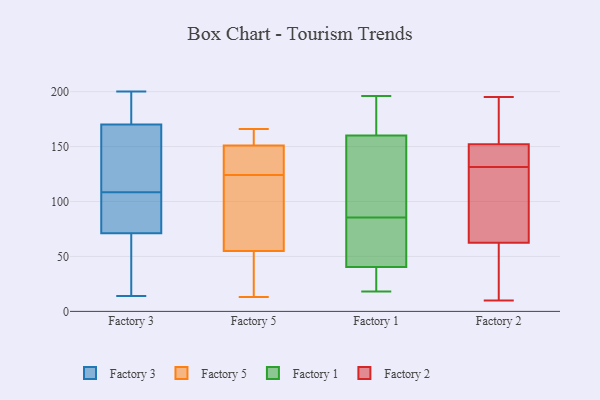
{"axis": {"x": "Operating Costs (USD K)", "y": "Value"}, "legend": ["Factory 1", "Factory 2", "Factory 3", "Factory 5"], "data": [{"x": "", "y": 170, "type": "Factory 3"}, {"x": "", "y": 200, "type": "Factory 3"}, {"x": "", "y": 185, "type": "Factory 3"}, {"x": "", "y": 192, "type": "Factory 3"}, {"x": "", "y": 54, "type": "Factory 3"}, {"x": "", "y": 92, "type": "Factory 3"}, {"x": "", "y": 163, "type": "Factory 3"}, {"x": "", "y": 72, "type": "Factory 3"}, {"x": "", "y": 82, "type": "Factory 3"}, {"x": "", "y": 14, "type": "Factory 3"}, {"x": "", "y": 71, "type": "Factory 3"}, {"x": "", "y": 127, "type": "Factory 3"}, {"x": "", "y": 56, "type": "Factory 3"}, {"x": "", "y": 183, "type": "Factory 3"}, {"x": "", "y": 73, "type": "Factory 3"}, {"x": "", "y": 125, "type": "Factory 3"}, {"x": "", "y": 63, "type": "Factory 3"}, {"x": "", "y": 133, "type": "Factory 3"}, {"x": "", "y": 127, "type": "Factory 5"}, {"x": "", "y": 121, "type": "Factory 5"}, {"x": "", "y": 166, "type": "Factory 5"}, {"x": "", "y": 166, "type": "Factory 5"}, {"x": "", "y": 151, "type": "Factory 5"}, {"x": "", "y": 55, "type": "Factory 5"}, {"x": "", "y": 96, "type": "Factory 5"}, {"x": "", "y": 166, "type": "Factory 5"}, {"x": "", "y": 127, "type": "Factory 5"}, {"x": "", "y": 116, "type": "Factory 5"}, {"x": "", "y": 13, "type": "Factory 5"}, {"x": "", "y": 133, "type": "Factory 5"}, {"x": "", "y": 15, "type": "Factory 5"}, {"x": "", "y": 20, "type": "Factory 5"}, {"x": "", "y": 109, "type": "Factory 5"}, {"x": "", "y": 156, "type": "Factory 5"}, {"x": "", "y": 17, "type": "Factory 5"}, {"x": "", "y": 132, "type": "Factory 5"}, {"x": "", "y": 96, "type": "Factory 1"}, {"x": "", "y": 173, "type": "Factory 1"}, {"x": "", "y": 45, "type": "Factory 1"}, {"x": "", "y": 97, "type": "Factory 1"}, {"x": "", "y": 133, "type": "Factory 1"}, {"x": "", "y": 75, "type": "Factory 1"}, {"x": "", "y": 187, "type": "Factory 1"}, {"x": "", "y": 53, "type": "Factory 1"}, {"x": "", "y": 121, "type": "Factory 1"}, {"x": "", "y": 33, "type": "Factory 1"}, {"x": "", "y": 18, "type": "Factory 1"}, {"x": "", "y": 36, "type": "Factory 1"}, {"x": "", "y": 196, "type": "Factory 1"}, {"x": "", "y": 55, "type": "Factory 1"}, {"x": "", "y": 147, "type": "Factory 1"}, {"x": "", "y": 22, "type": "Factory 1"}, {"x": "", "y": 178, "type": "Factory 1"}, {"x": "", "y": 184, "type": "Factory 1"}, {"x": "", "y": 20, "type": "Factory 1"}, {"x": "", "y": 66, "type": "Factory 1"}, {"x": "", "y": 195, "type": "Factory 2"}, {"x": "", "y": 65, "type": "Factory 2"}, {"x": "", "y": 132, "type": "Factory 2"}, {"x": "", "y": 131, "type": "Factory 2"}, {"x": "", "y": 179, "type": "Factory 2"}, {"x": "", "y": 38, "type": "Factory 2"}, {"x": "", "y": 77, "type": "Factory 2"}, {"x": "", "y": 115, "type": "Factory 2"}, {"x": "", "y": 19, "type": "Factory 2"}, {"x": "", "y": 60, "type": "Factory 2"}, {"x": "", "y": 180, "type": "Factory 2"}, {"x": "", "y": 70, "type": "Factory 2"}, {"x": "", "y": 195, "type": "Factory 2"}, {"x": "", "y": 155, "type": "Factory 2"}, {"x": "", "y": 143, "type": "Factory 2"}, {"x": "", "y": 137, "type": "Factory 2"}, {"x": "", "y": 24, "type": "Factory 2"}, {"x": "", "y": 149, "type": "Factory 2"}, {"x": "", "y": 140, "type": "Factory 2"}, {"x": "", "y": 10, "type": "Factory 2"}]}